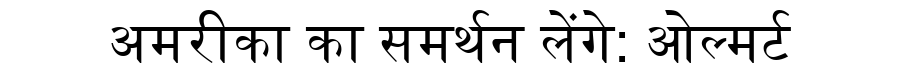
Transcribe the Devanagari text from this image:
अमरीका का समर्थन लेंगे: ओल्मर्ट